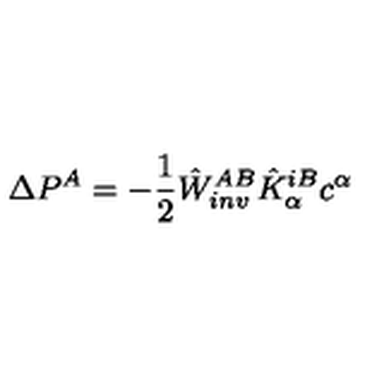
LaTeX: \Delta P ^ { A } = - \frac { 1 } { 2 } \hat { W } _ { i n v } ^ { A B } \hat { K } _ { \alpha } ^ { i B } c ^ { \alpha }